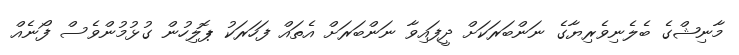
މާނިޝްގެ ބެލެނިވެރިޔާގެ ނަންބަރަކަށް ދީފައިވާ ނަންބަރަށް އެތައް ފަހަރަކު ޕޮލިހުން ގުޅުމުންވެސް ފޯނެއް